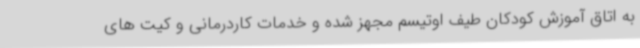
به اتاق آموزش کودکان طیف اوتیسم مجهز شده و خدمات کاردرمانی و کیت های